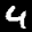
Label: 4